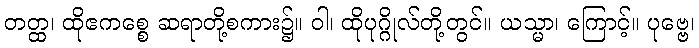
တတ္ထ၊ ထိုဧကစ္စေ ဆရာတို့စကား၌။ ဝါ၊ ထိုပုဂ္ဂိုလ်တို့တွင်။ ယသ္မာ၊ ကြောင့်။ ပုဗ္ဗေ၊